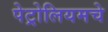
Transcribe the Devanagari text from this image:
पेट्रोलियमचे